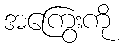
အကြွေးကို